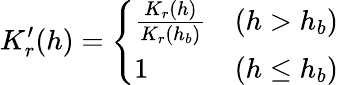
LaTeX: K_{r}^{\prime}(h)=\left\{ \begin{array}{ll}{\frac{K_{r}(h)}{K_{r}(h_{b})}}&{(h>h_{b})}\\ {1}&{(h\le h_{b})}\end{array}\right.